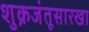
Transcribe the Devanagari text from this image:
शुक्रजंतूसारखा